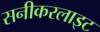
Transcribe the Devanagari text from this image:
सनीकरलाइट